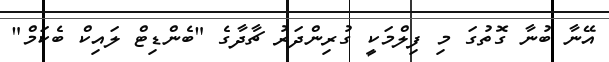
އޭނާ ބުނާ ގޮތުގަ މި ފިލްމަކީ ގުރިންދަރު ޗާދާގެ "ބެންޑިޓް ލައިކް ބެކަމް"